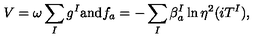
V = \omega \sum _ { I } g ^ { I } \mathrm { a n d } f _ { a } = - \sum _ { I } \beta _ { a } ^ { I } \ln \eta ^ { 2 } ( i T ^ { I } ) ,